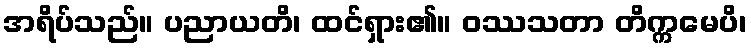
အရိပ်သည်။ ပညာယတိ၊ ထင်ရှား၏။ ဝဿသတာ တိက္ကမေပိ၊